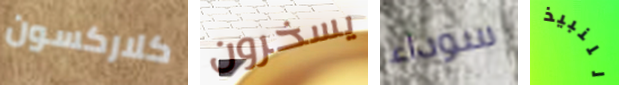
كلاركسون يسخرون سوداء للنبيذ